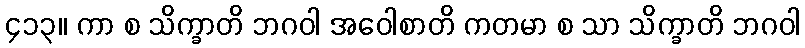
၄၁၃။ ကာ စ သိက္ခာတိ ဘဂဝါ အဝေါစာတိ ကတမာ စ သာ သိက္ခာတိ ဘဂဝါ